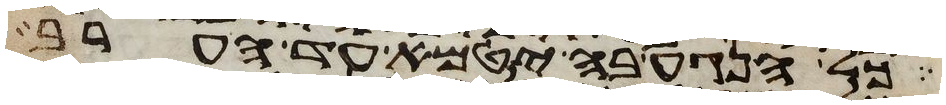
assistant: כל הנגע בה יטמא עד הערב